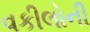
વકીલોની